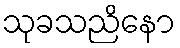
သုခသညိနော